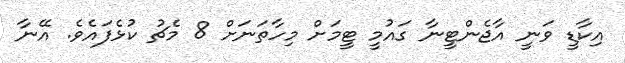
އިކާޑީ ވަނީ އާޖެންޓީނާ ގައުމީ ޓީމަށް މިހާތަނަށް 8 މެޗު ކުޅެފައެވެ. އޭނާ